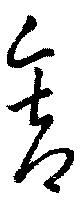
舎